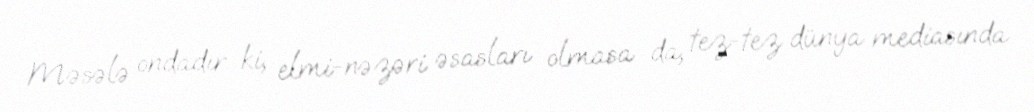
Məsələ ondadır ki, elmi-nəzəri əsasları olmasa da, tez-tez dünya mediasında